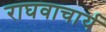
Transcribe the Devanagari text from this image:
राघवाचार्य